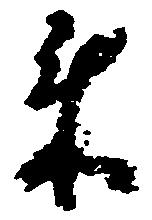
来